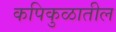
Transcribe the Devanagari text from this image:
कपिकुळातील